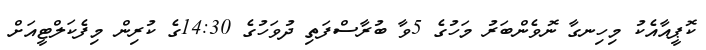
ކޮޕީއާއެކު މިހިނގާ ނޮވެންބަރު މަހުގެ 5ވާ ބުރާސްފަތި ދުވަހުގެ 14:30ގެ ކުރިން މިފެކަލްޓީއަށް